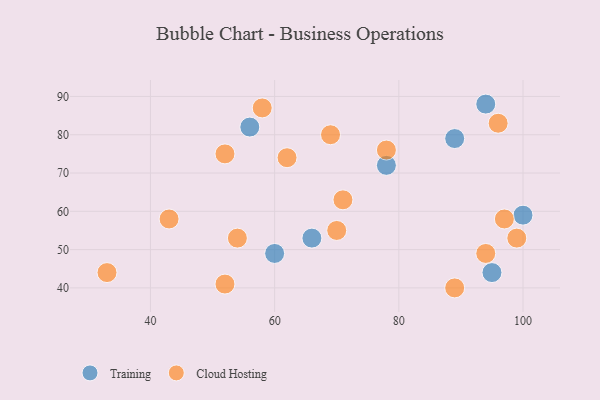
{"axis": {"x": "GDP", "y": "Life Expectancy"}, "legend": ["Cloud Hosting", "Training"], "data": [{"x": "89", "y": 79, "type": "Training"}, {"x": "78", "y": 72, "type": "Training"}, {"x": "100", "y": 59, "type": "Training"}, {"x": "60", "y": 49, "type": "Training"}, {"x": "66", "y": 53, "type": "Training"}, {"x": "56", "y": 82, "type": "Training"}, {"x": "94", "y": 88, "type": "Training"}, {"x": "95", "y": 44, "type": "Training"}, {"x": "58", "y": 87, "type": "Cloud Hosting"}, {"x": "97", "y": 58, "type": "Cloud Hosting"}, {"x": "52", "y": 41, "type": "Cloud Hosting"}, {"x": "96", "y": 83, "type": "Cloud Hosting"}, {"x": "94", "y": 49, "type": "Cloud Hosting"}, {"x": "71", "y": 63, "type": "Cloud Hosting"}, {"x": "70", "y": 55, "type": "Cloud Hosting"}, {"x": "43", "y": 58, "type": "Cloud Hosting"}, {"x": "62", "y": 74, "type": "Cloud Hosting"}, {"x": "78", "y": 76, "type": "Cloud Hosting"}, {"x": "89", "y": 40, "type": "Cloud Hosting"}, {"x": "52", "y": 75, "type": "Cloud Hosting"}, {"x": "33", "y": 44, "type": "Cloud Hosting"}, {"x": "69", "y": 80, "type": "Cloud Hosting"}, {"x": "54", "y": 53, "type": "Cloud Hosting"}, {"x": "99", "y": 53, "type": "Cloud Hosting"}]}